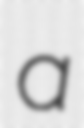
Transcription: a